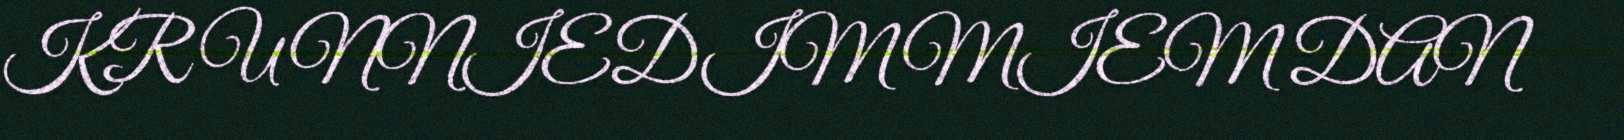
KR UNNIEDIMMIEM DAN